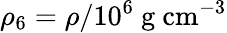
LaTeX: \rho_{6}=\rho/10^{6}\ \mathrm{g\ cm^{-3}}